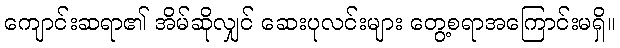
ကျောင်းဆရာ၏ အိမ်ဆိုလျှင် ဆေးပုလင်းများ တွေ့စရာအကြောင်းမရှိ။